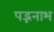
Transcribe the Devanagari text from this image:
पद्भनाभ